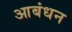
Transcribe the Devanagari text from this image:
आबंधन